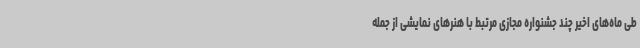
طی ماه‌های اخیر چند جشنواره مجازی مرتبط با هنرهای نمایشی از جمله